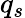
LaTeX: q_{s}